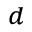
^ d